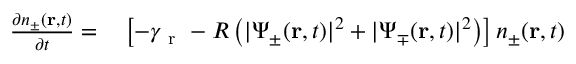
\begin{array} { r l } { \frac { \partial n _ { \pm } ( \mathbf { r } , t ) } { \partial t } = } & { { } \left[ - \gamma _ { \mathrm { ~ r ~ } } - R \left( | \Psi _ { \pm } ( \mathbf { r } , t ) | ^ { 2 } + | \Psi _ { \mp } ( \mathbf { r } , t ) | ^ { 2 } \right) \right] n _ { \pm } ( \mathbf { r } , t ) } \end{array}